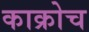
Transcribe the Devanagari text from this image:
काक्रोच